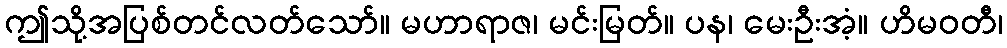
ဤသို့အပြစ်တင်လတ်သော်။ မဟာရာဇ၊ မင်းမြတ်။ ပန၊ မေးဦးအံ့။ ဟိမဝတီ၊